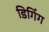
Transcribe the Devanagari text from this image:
डिगिंग